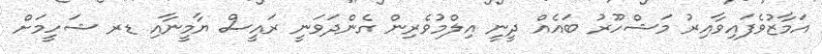
އަމާޒުވެފައިވާއިރު މަޝްހޫރު ބައެއް ދީނީ އިލްމުވެރިން ގެންދަވަނީ ރައީސް ޔާމީނާއި ޑރ ޝަހީމަށް